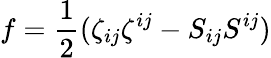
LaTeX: f=\frac 12(\zeta_{ij}\zeta^{ij}-S_{ij}S^{ij})